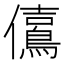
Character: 𠑃